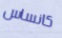
كانساس